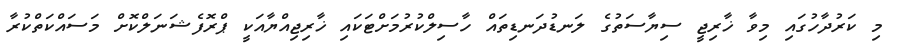
މި ކަރުދާހުގައި މިވާ ޚާރިޖީ ސިޔާސަތުގެ ލަނޑުދަނޑިތައް ހާސިލްކުރުމަށްޓަކައި ޚާރިޖިއްޔާއަކީ ޕްރޮފެޝަނަލްކޮށް މަސައްކަތްކުރާ